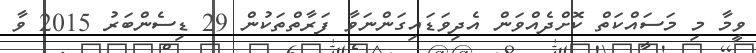
ވީމާ މި މަސައްކަތް ކޮށްދެއްވަން އެދިވަޑައިގަންނަވާ ފަރާތްތަކުން 29 ޑިސެންބަރު 2015 ވާ